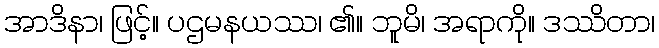
အာဒိနာ၊ ဖြင့်။ ပဌမနယဿ၊ ၏။ ဘူမိ၊ အရာကို။ ဒဿိတာ၊